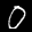
Label: 0